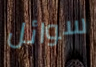
سوائل